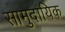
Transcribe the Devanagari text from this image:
सामुदायिक